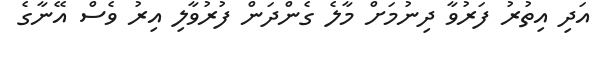
އަދި އިތުރު ފަރުވާ ދިނުމަށް މާލެ ގެންދަން ފުރުވާލި އިރު ވެސް އޭނާގެ